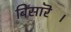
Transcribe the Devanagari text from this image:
बिसारॆ।